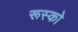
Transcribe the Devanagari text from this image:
रूस्को